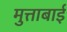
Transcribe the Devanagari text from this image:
मुत्ताबाई